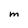
Character: M